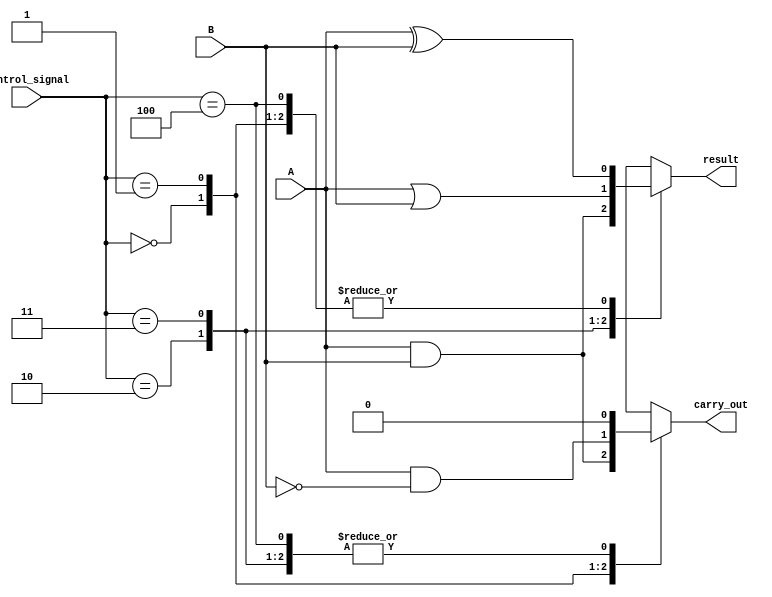
module alu (
    input wire A,
    input wire B,
    input wire [2:0] control_signal,
    output wire result,
    output wire carry_out
);

// Combinational logic for ALU operations
always @ (*)
begin
    case(control_signal)
        3'b000: // Addition operation
        begin
            result = A ^ B;
            carry_out = A & B;
        end
        
        3'b001: // Subtraction operation
        begin
            result = A ^ B;
            carry_out = A & ~B;
        end
        
        3'b010: // AND operation
        begin
            result = A & B;
            carry_out = 1'b0;
        end
        
        3'b011: // OR operation
        begin
            result = A | B;
            carry_out = 1'b0;
        end
        
        3'b100: // XOR operation
        begin
            result = A ^ B;
            carry_out = 1'b0;
        end
        
        default: // Invalid operation
        begin
            result = 1'bX; // Output X for invalid operation
            carry_out = 1'bX; // Output X for invalid operation
        end
    endcase
end

endmodule